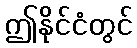
ဤနိုင်ငံတွင်